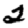
Digit: 2